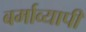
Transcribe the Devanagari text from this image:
बर्माव्यापी